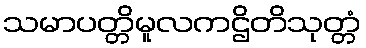
သမာပတ္တိမူလကဌိတိသုတ္တံ